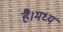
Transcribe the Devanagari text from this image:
है।मध्य